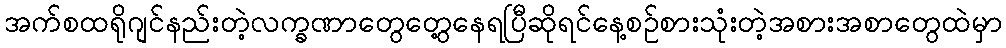
အက်စထရိုဂျင်နည်းတဲ့လက္ခဏာတွေတွေ့နေရပြီဆိုရင်နေ့စဉ်စားသုံးတဲ့အစားအစာတွေထဲမှာ